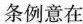
条例意在